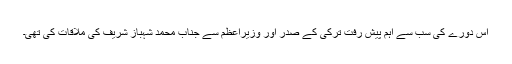
اِس دورے کی سب سے اہم پیش رفت ترکی کے صدر اور وزیراعظم سے جناب محمد شہباز شریف کی ملاقات کی تھی۔